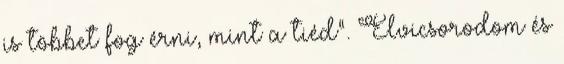
is többet fog érni, mint a tiéd”. Elvicsorodom és